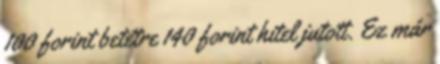
100 forint betétre 140 forint hitel jutott. Ez már